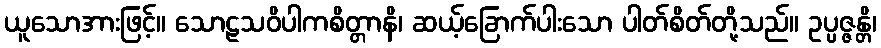
ယူသောအားဖြင့်။ သောဠသဝိပါကစိတ္တာနိ၊ ဆယ့်ခြောက်ပါးသော ပါတ်စိတ်တို့သည်။ ဥပ္ပဇ္ဇန္တိ၊